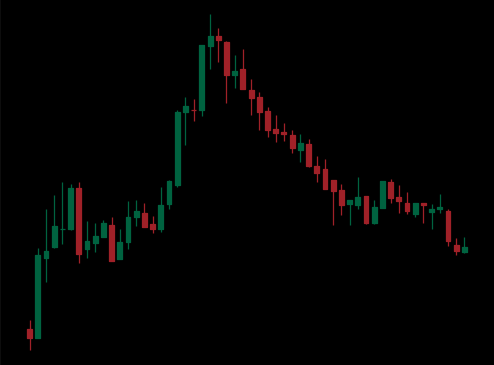
Pattern: head_shoulders